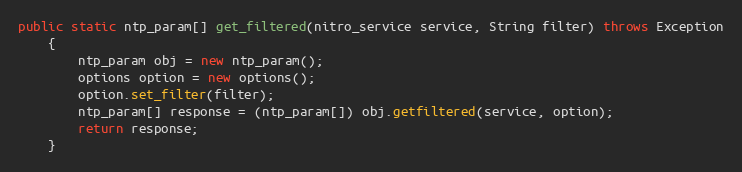
Language: Java
public static ntp_param[] get_filtered(nitro_service service, String filter) throws Exception
	{
		ntp_param obj = new ntp_param();
		options option = new options();
		option.set_filter(filter);
		ntp_param[] response = (ntp_param[]) obj.getfiltered(service, option);
		return response;
	}